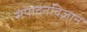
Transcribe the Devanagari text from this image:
संपादनविज्ञान